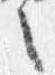
之